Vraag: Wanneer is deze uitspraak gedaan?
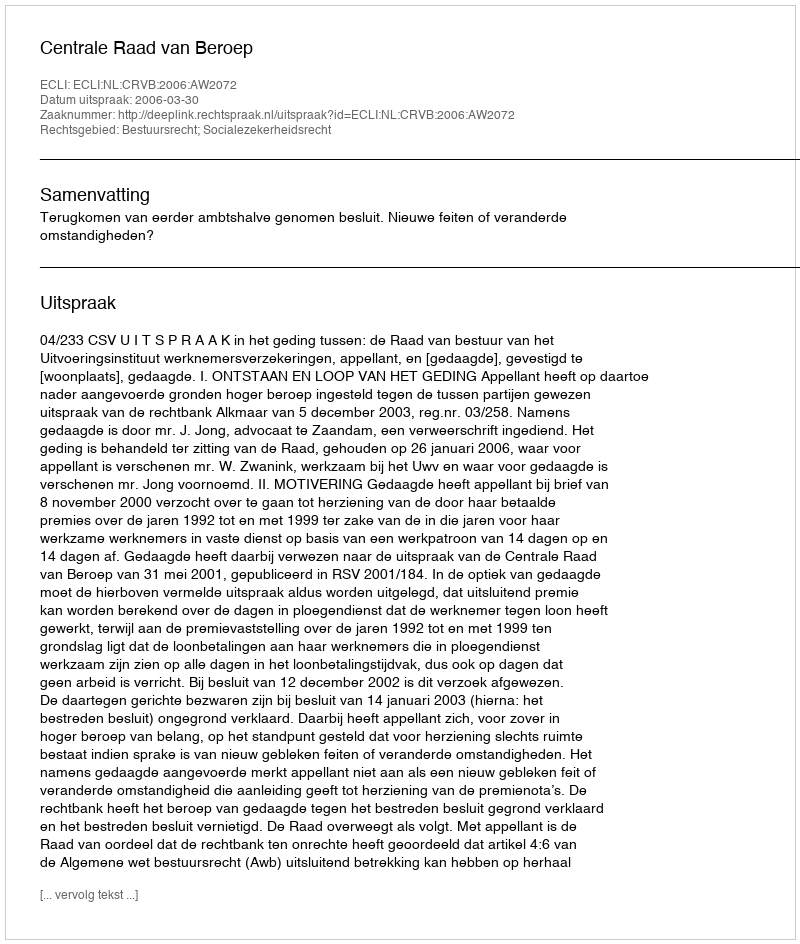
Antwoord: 2006-03-30